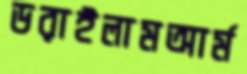
ডরাইলামআর্ম